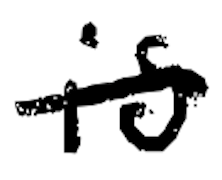
Text: is
Cross-out: single-line
Writing tool: digital_black